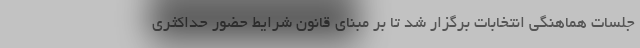
جلسات هماهنگی انتخابات برگزار شد تا بر مبنای قانون شرایط حضور حداکثری